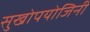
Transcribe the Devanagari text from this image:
सुखोपयोजिनी